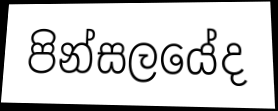
පින්සලයේද